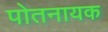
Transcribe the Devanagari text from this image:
पोतनायक